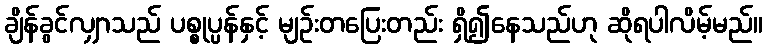
ချိန်ခွင်လျှာသည် ပစ္စုပ္ပန်နှင့် မျဉ်းတပြေးတည်း ရှိ၍နေသည်ဟု ဆိုရပါလိမ့်မည်။